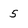
Character: 5